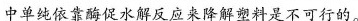
中单纯依靠酶促水解反应来降解塑料是不可行的。